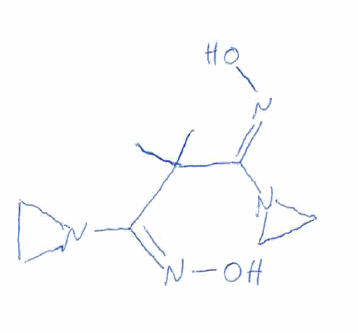
Simplified molecular-input line-entry system (SMILES) notation of the given molecule:
CC(/C(=N\O)/N1CC1)(/C(=N\O)/N2CC2)C